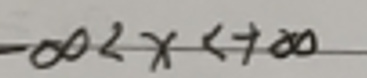
$-\infty < x < +\infty$